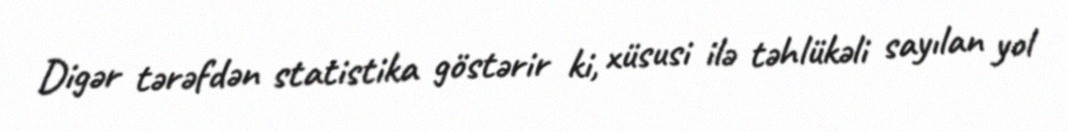
Digər tərəfdən statistika göstərir ki, xüsusi ilə təhlükəli sayılan yol